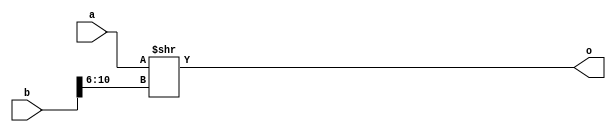
module SRL32(
    input [31:0] a,
    input [31:0] b,
    output [31:0] o
);
    wire [4:0] s = b[10:6];
    assign o = a >> s; 
endmodule